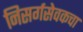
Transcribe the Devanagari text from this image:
निसर्गसेवकचा